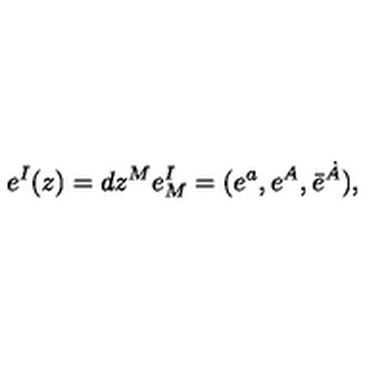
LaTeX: e ^ { I } ( z ) = d z ^ { M } e _ { M } ^ { I } = ( e ^ { a } , e ^ { A } , \bar { e } ^ { \dot { A } } ) ,